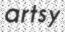
artsy